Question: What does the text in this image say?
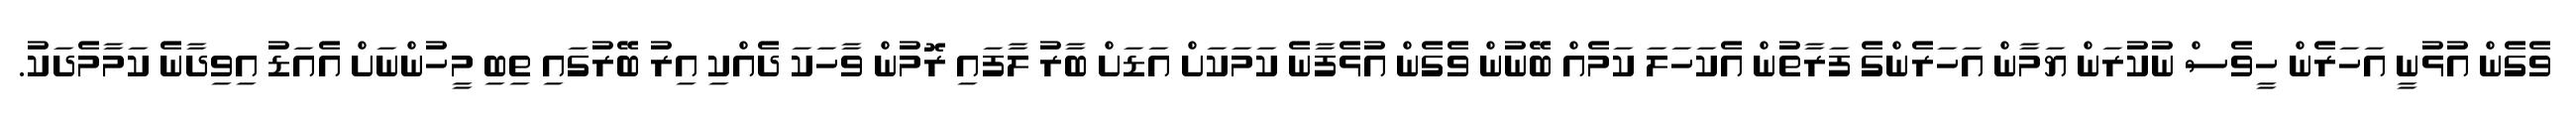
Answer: ވެގެން އުޅުނީ އަހަރެން ހީވެސް ނުކުރަން ޔަމާން އަހަރެންގެ ފަރާތުން އެކަހަލަ ކަމެއް ބޭނުން ވެގެން އުޅެފާނެ ކަމަކަށް އަޑަށް ބާރު ލާފައި ރޮމުން ވާހަކަ ދެއްކި އިރު ބޭރުގައި ތިބި މީހުންނަށް އެއަޑު އިވިދާނެ ކަމާމެދަކު.